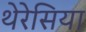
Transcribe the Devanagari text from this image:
थेरेसिया